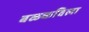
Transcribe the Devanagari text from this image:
बळकविला